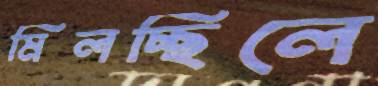
মিলচ্ছিলে